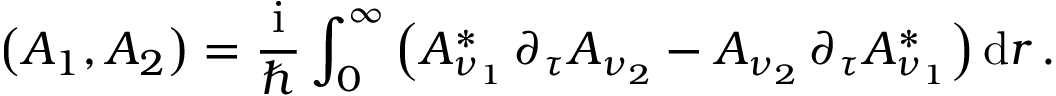
\left( A _ { 1 } , A _ { 2 } \right) = \frac { \mathrm { i } } { \hbar } \int _ { 0 } ^ { \infty } \left( A _ { \nu _ { 1 } } ^ { * } \, \partial _ { \tau } A _ { \nu _ { 2 } } - A _ { \nu _ { 2 } } \, \partial _ { \tau } A _ { \nu _ { 1 } } ^ { * } \right) \mathrm { d } r \, .